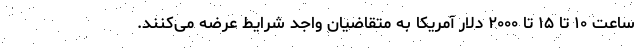
ساعت ۱۰ تا ۱۵ تا ۲۰۰۰ دلار آمریکا به متقاضیان واجد شرایط عرضه می‌کنند.